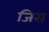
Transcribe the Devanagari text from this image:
जिस्